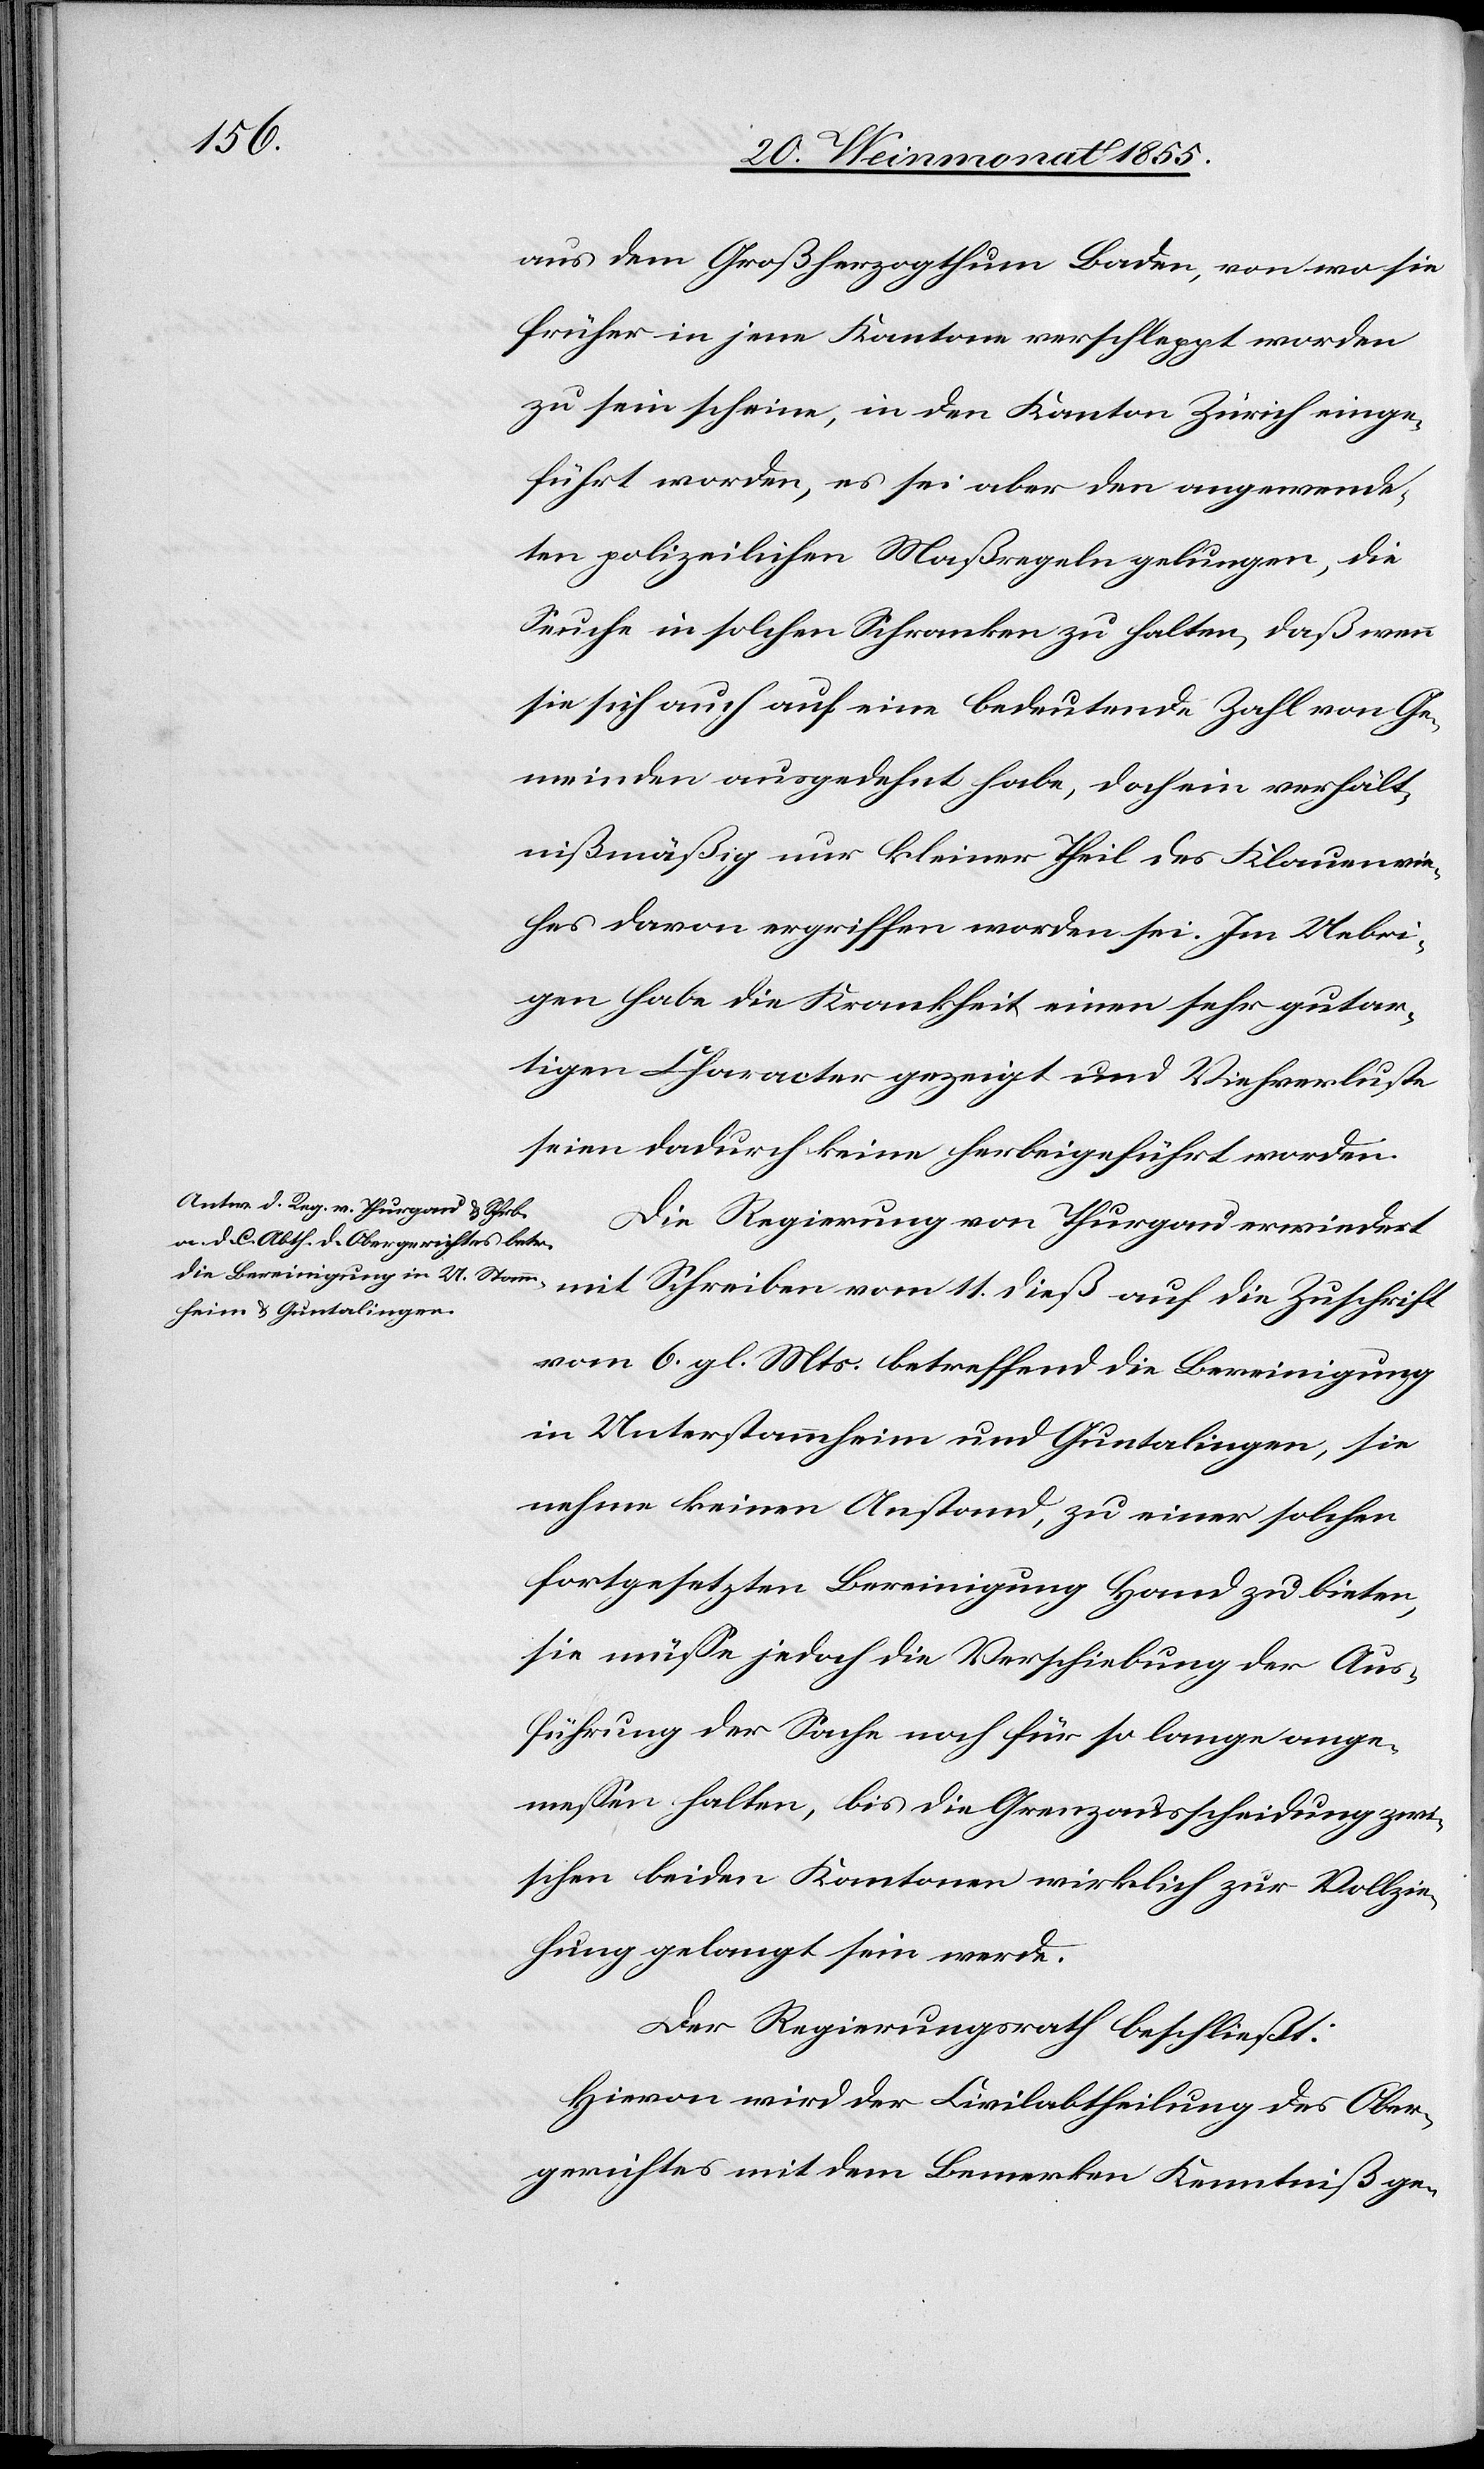
aus dem Großherzogthum Baden, von wo sie
früher in jene Kantone verschleppt worden
zu sein scheine, in den Kanton Zürich einge¬
führt worden, es sei aber den angewende¬
ten polizeilichen Maßregeln gelungen, die
Seuche in solchen Schranken zu halten, daß wenn
sie sich auch auf eine bedeutende Zahl von Ge¬
meinden ausgedehnt habe, doch ein verhält¬
nißmäßig nur kleiner Theil des Klauenvie¬
hes davon ergriffen worden sei. Im Uebri¬
gen habe die Krankheit einen sehr gutar¬
tigen Character gezeigt und Viehverluste
seien dadurch keine herbeigeführt worden.
Die Regierung von Thurgau erwiedert
mit Schreiben vom 11. dieß auf die Zuschrift
vom 6. gl. Mts. betreffend die Bereinigung
in Unterstammheim und Guntalingen, sie
nehme keinen Anstand, zu einer solchen
fortgesetzten Bereinigung Hand zu bieten,
sie müsse jedoch die Verschiebung der Aus¬
führung der Sache noch für so lange ange¬
messen halten, bis die Grenzausscheidung zwi¬
schen beiden Kantonen wirklich zur Vollzie¬
hung gelangt sein werde.
Der Regierungsrath beschließt:
Hievon wird der Civilabtheilung des Ober¬
gerichtes mit dem Bemerken Kenntniß ge-